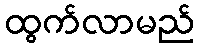
ထွက်လာမည်